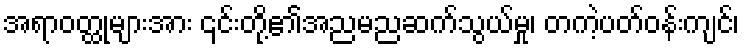
အရာဝတ္ထုများအား ၎င်းတို့၏အညမညဆက်သွယ်မှု၊ တကဲ့ပတ်ဝန်းကျင်၊